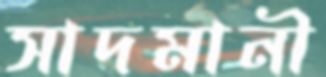
সাদমানী